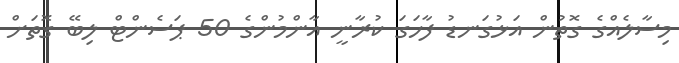
މިސާލެއްގެ ގޮތުން އަޅުގަނޑު ފާހަގަ ކުރާނީ އާންމުންގެ 50 ޕަސެންޓް ލިބޭ ގޮތަށް